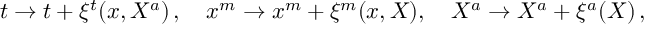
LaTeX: t \rightarrow t + \xi ^ { t } ( x , X ^ { a } ) \, , \quad x ^ { m } \rightarrow x ^ { m } + \xi ^ { m } ( x , X ) , \quad X ^ { a } \rightarrow X ^ { a } + \xi ^ { a } ( X ) \, ,